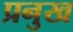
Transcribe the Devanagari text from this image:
प्रनुख